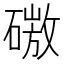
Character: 𰧜